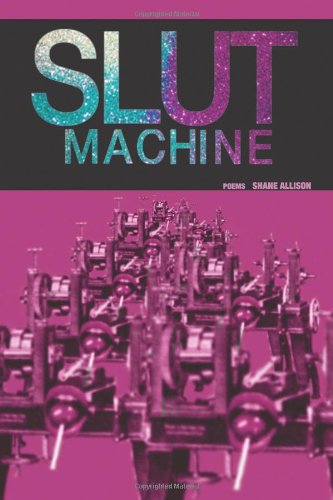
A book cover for Slut Machine; Shane Allison; Romance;